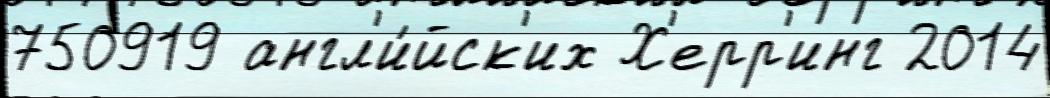
750919 англ'и́йск'их Х'ерр'инг 2014